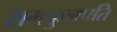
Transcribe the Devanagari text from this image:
समकुलपति